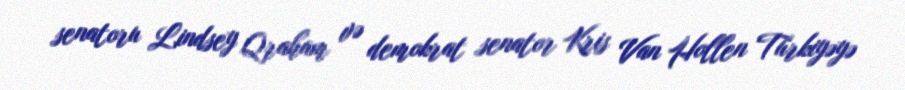
senatoru Lindsey Qraham və demokrat senator Kris Van Hollen Türkiyəyə